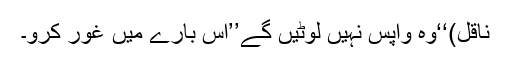
ناقل)‘‘وہ واپس نہیں لوٹیں گے’’اس بارے میں غور کرو۔